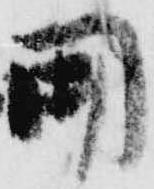
関